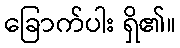
ခြောက်ပါး ရှိ၏။